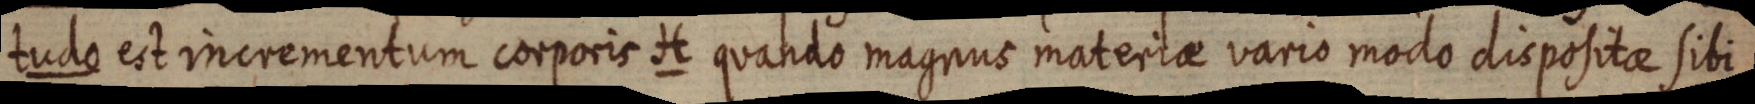
tudo est incrementum corporis H quando magnus materiae vario modo dispositae sibi